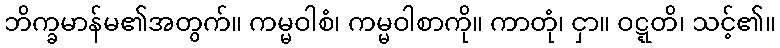
ဘိက္ခမာန်မ၏အတွက်။ ကမ္မဝါစံ၊ ကမ္မဝါစာကို။ ကာတုံ၊ ငှာ။ ဝဋ္ဋတိ၊ သင့်၏။